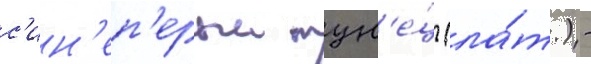
с'ин'еп'ерыи тун'е́ц (ла́т.) -